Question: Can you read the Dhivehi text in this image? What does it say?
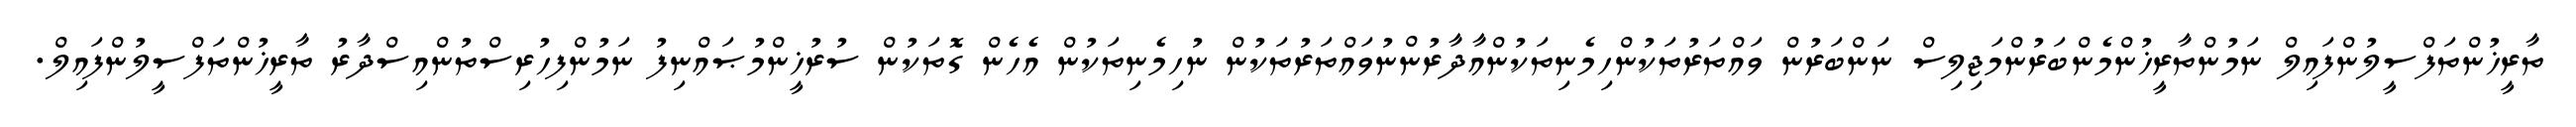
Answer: ތާރީޚުންތަފްސީލުންފައިލް ނަމުންތާރީޚުންމެންބަރުންމަޖިލިސް ނަންބަރުން ވައްތަރުތަކުންހިމެނިތަކުންއާދާރުންނުވައްތަރުތަކުން ނުހިމެނިތަކުން އެހެން ގޮތަކުން ސުރުޚީންމުޞައްނިފު ނަމުންފިހުރިސްތުންއިސްދާރު ތާރީޚުންތަފްސީލުންފައިލް.